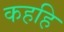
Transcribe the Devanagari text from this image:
कहहि